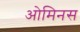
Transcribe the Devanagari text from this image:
ओमिनस